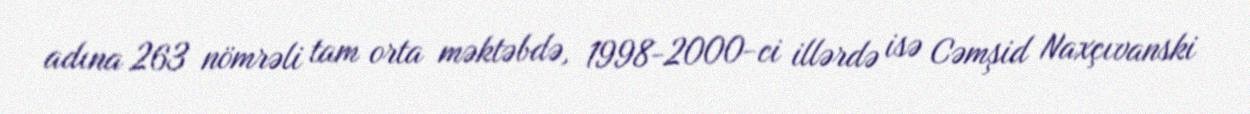
adına 263 nömrəli tam orta məktəbdə, 1998-2000-ci illərdə isə Cəmşid Naxçıvanski